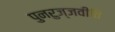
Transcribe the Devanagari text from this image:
पुनरुज्जवीति